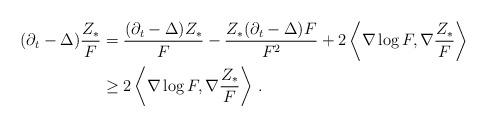
LaTeX: \begin{align*} (\partial_t - \Delta) \frac{Z_\ast}{F} &= \frac{(\partial_t - \Delta) Z_\ast}{F} - \frac{Z_\ast (\partial_t - \Delta) F}{F^2} + 2 \left\langle \nabla \log F, \nabla \frac{Z_\ast}{F}\right\rangle\\ &\geq 2 \left\langle \nabla \log F, \nabla \frac{Z_\ast}{F}\right\rangle\,. \end{align*}